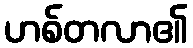
ဟစ်တလာ၏